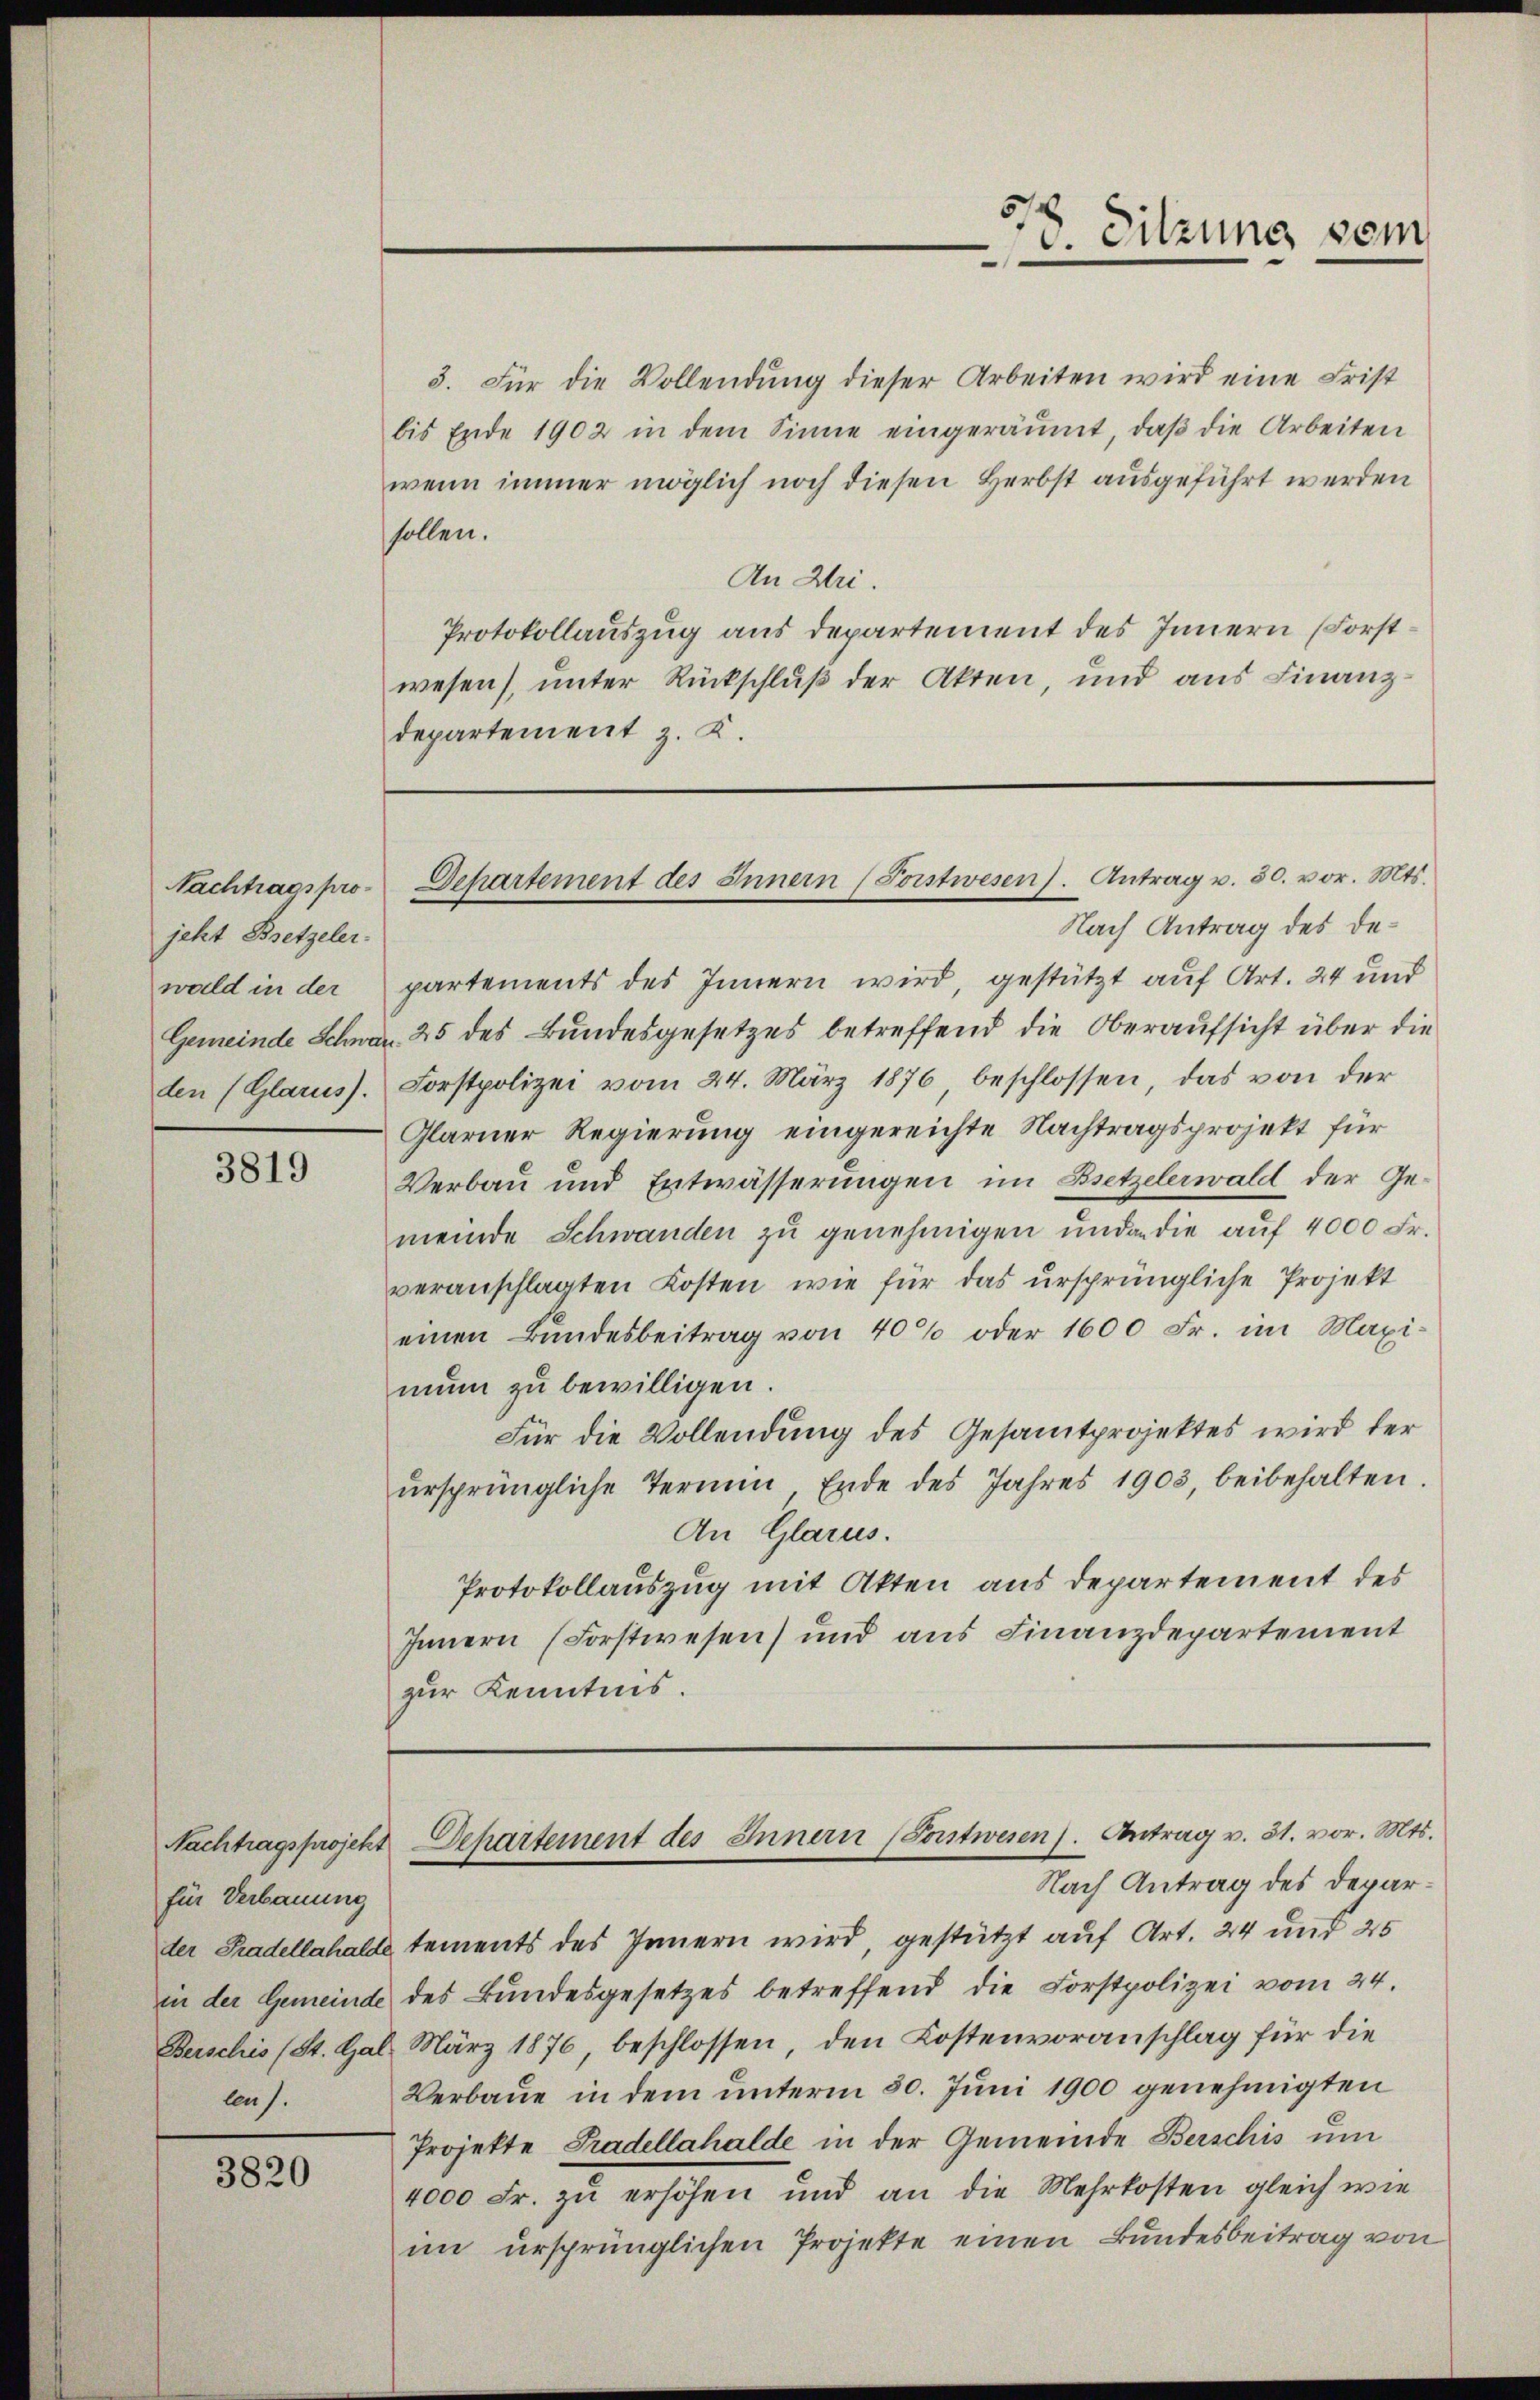
Nachtragsprojekt Bretzeler.
wald in der
den (Glarus).

3819

für Verbauung
der Gradellahalde
in der Gemeinde
Berschis (St. Gal
leus.

3820

3. Für die Vollendung dieser Arbeiten wird eine Frist
bis Ende 1902 in dem Sinne eingeräumt, daβ die Arbeiten
wenn immer möglich noch diesen Herbst ausgeführt werden
sollen.
An Dri.
Protokollauszug aus departement des Innern (Forstwesen), unter Rückschluß der Akten, und aus Finanzdepartement z. K.

Departement des Innern (Forstwesen). Antrag v. 30. vor. Mts.

Nach Antrag des Departements des Innern wird, gestützt auf Art. 24 und
Gemeinde Schwar. 25 des Bundesgesetzes betreffend die Oberaufsicht über die
Forstpolizei vom 24. März 1876 beschlossen, das von der
Glarner Regierung eingereichte Nachtragsprojekt für
Verbau und Entwässerungen im Bsetzelerwald der Gemeinde Schwanden zu genehmigen und an die auf 4000 Fr.
veranschlagten Kosten, wie für das ursprüngliche Projekt
einen Bŭndesbeitrag von 40% oder 1600 Fr. im Maxi-
nŭn zu bewilligen.
Für die Vollendung des Gesamtprojektes wird der
ŭrsprüngliche Termin Erde des Jahres 1903, beibehalten.
An Glarus.
Protokollauszug mit Akten aus departement des
Innern (Forstwesen und aus Finanzdepartement
zur Kenntnis.

318. Sitzung vom

Nachtragsprojekt Departement des Innern (Sonstwesen. Antrag v. 31. vor. Mts.
Nach Antrag des Depar¬

tements des Innern wird, gestützt auf Art. 24 und 25
des Bundesgesetzes betreffend die Forstpolizei vom 24.
März 1876, beschlossen, den Kostenvoranschlag für die
Verbaue in dem unterm 30. Juni 1900 genehmigten
Projekte Pradellahalde in der Gemeinde Berschis um
4000 Fr. zu erhöhen und an die Mehrkosten gleich wie
im ursprünglichen Projekte einen Bundesbeitrag von